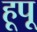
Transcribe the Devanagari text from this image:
हूपू